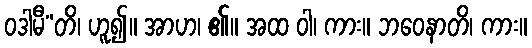
ဝဒါမီ”တိ၊ ဟူ၍။ အာဟ၊ ၏။ အထ ဝါ၊ ကား။ ဘဝေနာတိ၊ ကား။